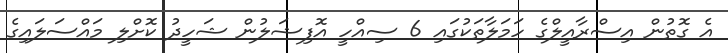
އެ ގޮތުން އިސްރާއީލްގެ ހަމަލާތަކުގައި 6 ސިއްހީ އޮފިޝަލުން ޝަހީދު ކޮށްލި މައްސަލައިގެ